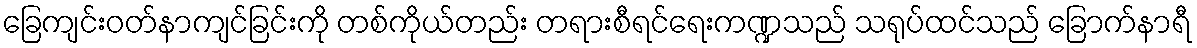
ခြေကျင်းဝတ်နာကျင်ခြင်းကို တစ်ကိုယ်တည်း တရားစီရင်ရေးကဏ္ဍသည် သရုပ်ထင်သည် ခြောက်နာရီ